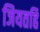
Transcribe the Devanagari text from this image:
जियतहिं